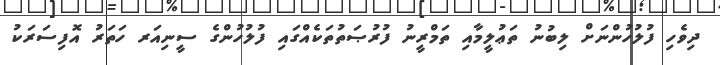
ދިވެހި ފުލުހުންނަށް ލިބުނު ތަޢުލީމާއި ތަމްރީނު ފުރުޞަތުތަކެއްގައި ފުލުހުންގެ ސީނިއަރ ހަތަރު އޮފިސަރަކު